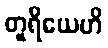
တူရိယေဟိ